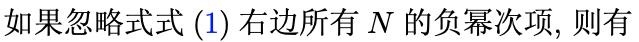
如果忽略式式 $(1)$ 右边所有 $N$ 的负幂次项, 则有